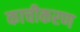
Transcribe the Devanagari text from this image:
काचीकरण